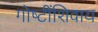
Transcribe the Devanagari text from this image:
गोष्‍टींशिवाय